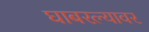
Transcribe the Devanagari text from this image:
घाबरल्यावर